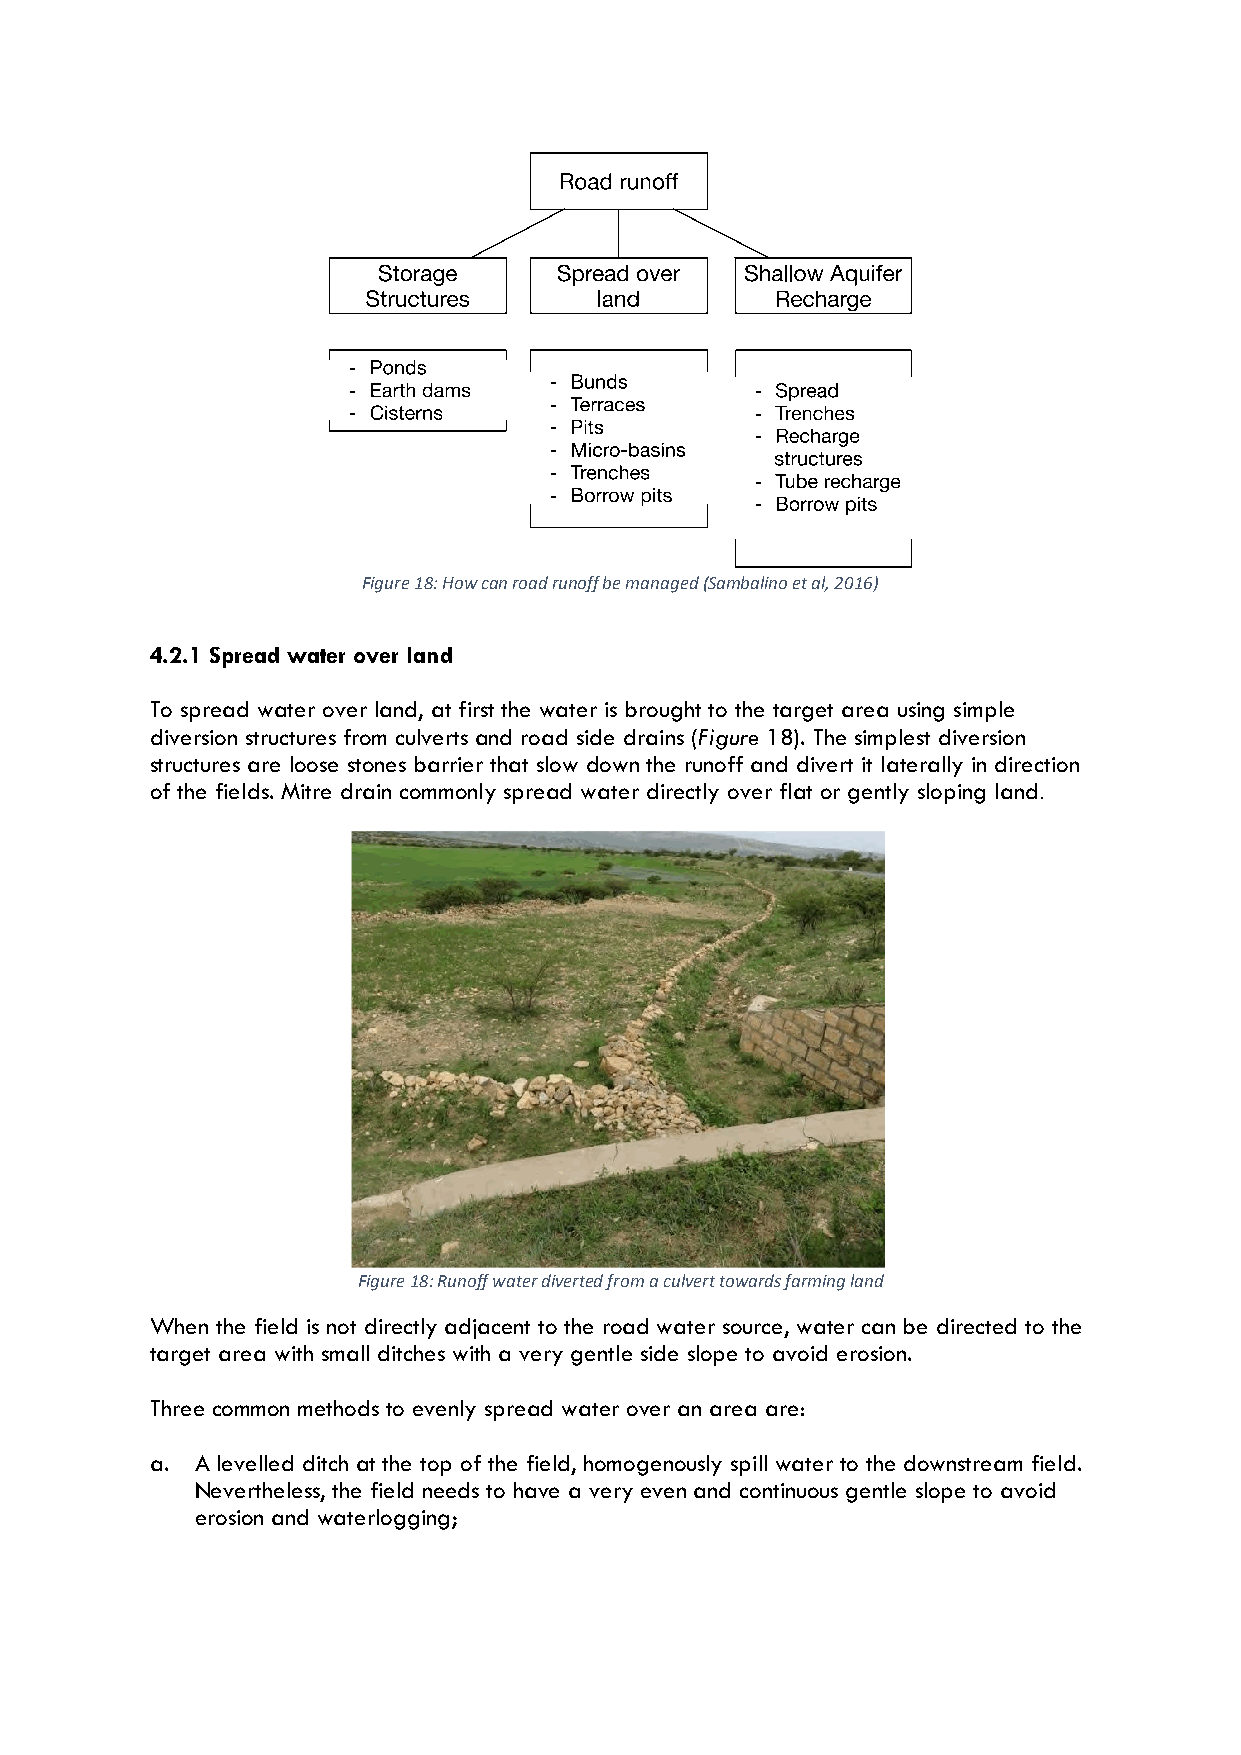
Figure 18: How can road runoff be managed (Sambalino et al, 2016)
 4.2.1 Spread water over land
 To spread water over land, at first the water is brought to the target area using simple
 diversion structures from culverts and road side drains (Figure 18). The simplest diversion
 structures are loose stones barrier that slow down the runoff and divert it laterally in direction
 of the fields. Mitre drain commonly spread water directly over flat or gently sloping land.
 Figure 18: Runoff water diverted from a culvert towards farming land
 When the field is not directly adjacent to the road water source, water can be directed to the
 target area with small ditches with a very gentle side slope to avoid erosion.
 Three common methods to evenly spread water over an area are:
 a. A levelled ditch at the top of the field, homogenously spill water to the downstream field.
 Nevertheless, the field needs to have a very even and continuous gentle slope to avoid
 erosion and waterlogging;